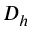
D _ { h }